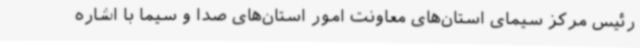
رئیس مرکز سیمای استان‌های معاونت امور استان‌های صدا و سیما با اشاره